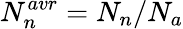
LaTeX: N_{n}^{avr}=N_{n}/N_{a}